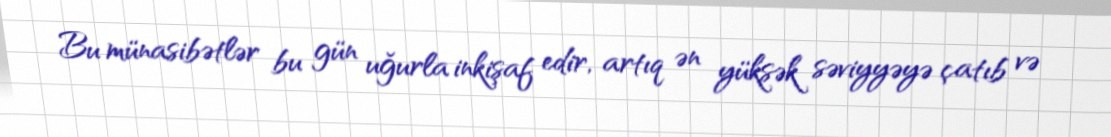
Bu münasibətlər bu gün uğurla inkişaf edir, artıq ən yüksək səviyyəyə çatıb və